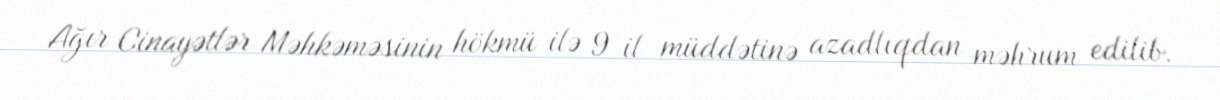
Ağır Cinayətlər Məhkəməsinin hökmü ilə 9 il müddətinə azadlıqdan məhrum edilib.